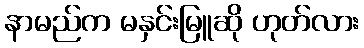
နာမည်က မနှင်းမြူဆို ဟုတ်လား